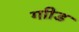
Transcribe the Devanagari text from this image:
गाीड